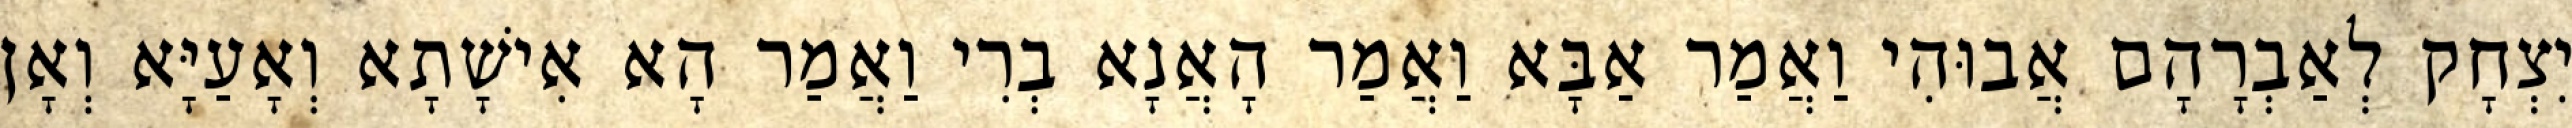
יִצְחָק לְאַבְרָהָם אֲבוּהִי וַאֲמַר אַבָּא וַאֲמַר הָאֲנָא בְרִי וַאֲמַר הָא אִישָׁתָא וְאָעַיָּא וְאָן